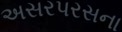
અસરપરસના